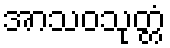
အာသဝသုတ္တံ